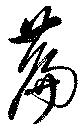
萹